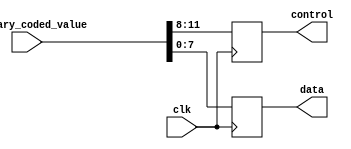
`timescale 10ns / 100ps

module FakeInterface (
    input clk,
    input [15:0] i_binary_coded_value,
    output reg [3:0] control,
    output reg [7:0] data);

    always @ ( posedge clk ) begin
        control <= i_binary_coded_value[11:8];
        data <= i_binary_coded_value[7:0];
    end

endmodule